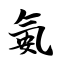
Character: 氨